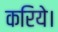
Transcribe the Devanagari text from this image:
करिये।